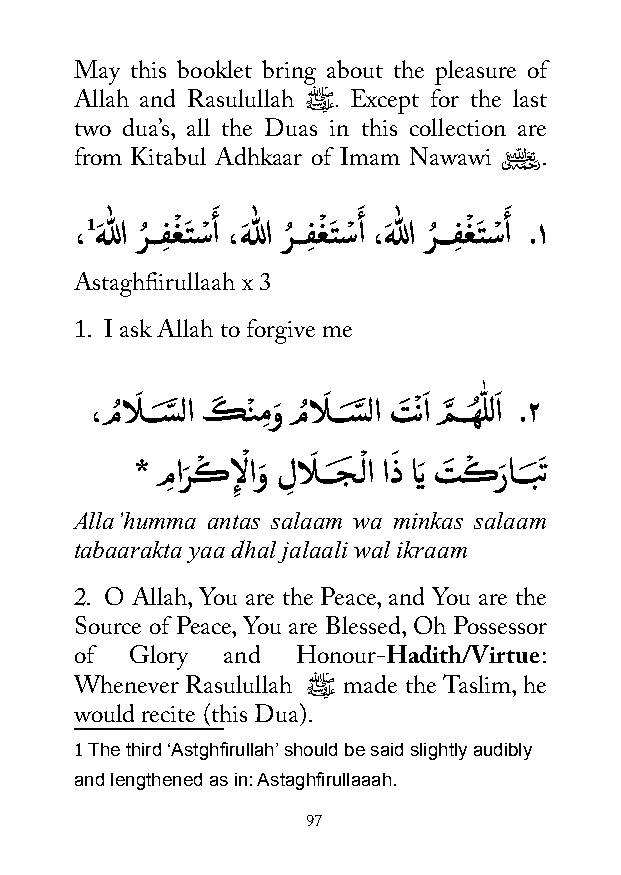
May this booklet bring about the pleasure of
 Allah and Rasulullah ﷺ. Except for the last
 two dua’s, all the Duas in this collection are
 �
 from Kitabul Adhkaar of Imam Nawawi .
 َ         َ        َ
 ،1هَ للا رُ ــفِ غْ تَ سْ أ ، هَ للا رُ ــفِ غْ تَ سْ أ ،هَ للا رُ ـــفِ غْ تَ سْ أ .١
 Astaghfiirullaah x 3
 1. I ask Allah to forgive me
 ،مُ الَ ـــسَّ لا كَ نْ مِوَ مُ الَ ـــسَّ لا تَ ْناَ مَّ ــهُ ّٰ للاَ .٢
 * مِ ارَ كْ إِ لْ اوَ لِ الَ ـــجَ ـْ لا اذَ اَي تَ كْ رَ اـــَبَت
 Alla’humma antas salaam wa minkas salaam
 tabaarakta yaa dhal jalaali wal ikraam
 2. O Allah, You are the Peace, and You are the
 Source of Peace, You are Blessed, Oh Possessor
 of  Glory and  Honour-Hadith/Virtue:
 Whenever Rasulullah ﷺ made the Taslim, he
 would recite (this Dua).
 The third ‘Astghfirullah’ should be said slightly audibly
 1
 and lengthened as in: Astaghfirullaaah.
 97